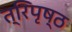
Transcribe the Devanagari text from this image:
त्रिपृष्ठ